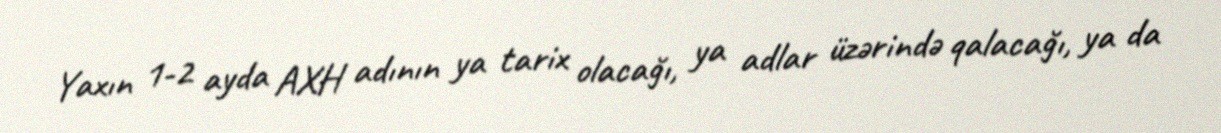
Yaxın 1-2 ayda AXH adının ya tarix olacağı, ya adlar üzərində qalacağı, ya da